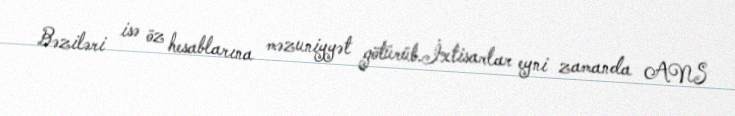
Bəziləri isə öz hesablarına məzuniyyət götürüb.İxtisarlar eyni zamanda ANS